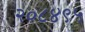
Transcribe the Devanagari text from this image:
२०८४९५